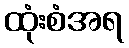
ထုံးစံအရ